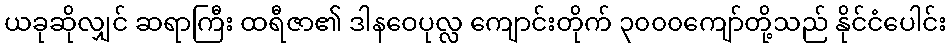
ယခုဆိုလျှင် ဆရာကြီး ထရီဇာ၏ ဒါနဝေပုလ္လ ကျောင်းတိုက် ၃၀၀၀ကျော်တို့သည် နိုင်ငံပေါင်း